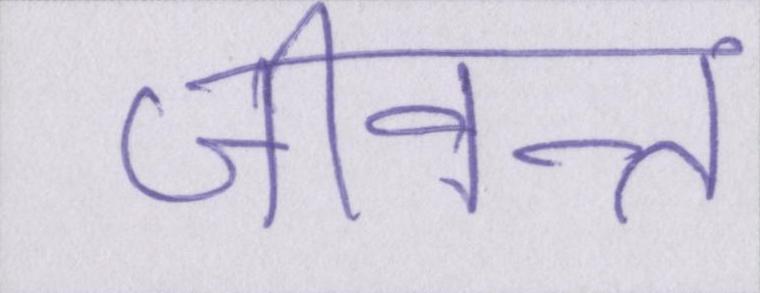
जीवन्त